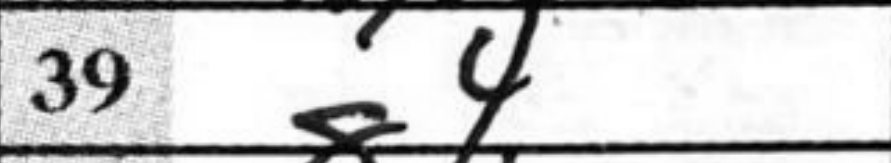
Transcription: g4